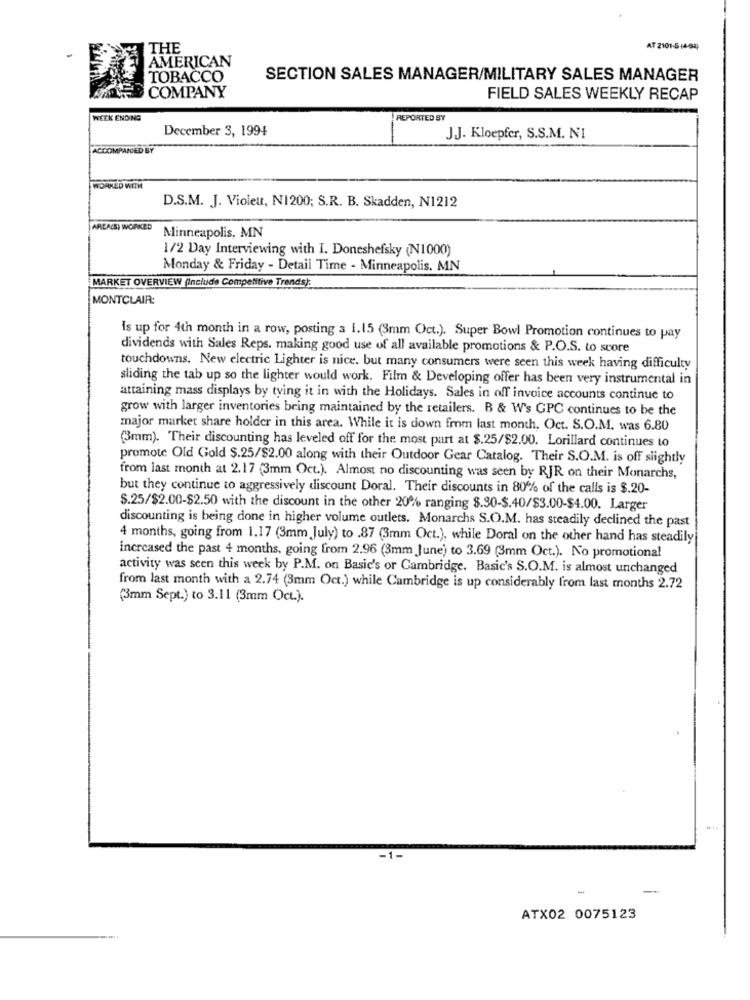
THE
AT 2101-514-94
AMERICAN
TOBACCO
SECTION SALES MANAGER/MILITARY SALES MANAGER
COMPANY
FIELD SALES WEEKLY RECAP
WEEK ENDING
REPORTED BY
December 3, 1994
JJ. Kloepfer, S.S.M. NI
ACCOMPANIED BY
WORKED WITH
D.S.M. J. Violeu, NI200; S.R. B. Skadden, N1212
AREA(S) WORKED
Minneapolis, MN
1/2 Day Interviewing with I. Doneshefsky (N1000)
Monday & Friday - Detail Time - Minneapolis, MN
MARKET OVERVIEW (Include Competitive Trends):
MONTCLAIR:
Is up for 4th month in a row, posting a 1.15 (3mm Oct.). Super Bowl Promotion continues to pay
dividends with Sales Reps. making good use of all available promotions & P.O.S. to score
touchdowns. New electric Lighter is nice. but many consumers were seen this week having difficulty
sliding the tab up so the lighter would work. Film & Developing offer has been very instrumental in
attaining mass displays by tving it in with the Holidays. Sales in off invoice accounts continue to
grow with larger inventories bring maintained by the retailers. B & W's GPC continues to be the
major market share holder in this area. While it is down from last month, Oct. S.O.M. was 6.80
33mm). Their discounting has leveled off for the most part at $.25/$2.00. Lorillard continues to
promote Old Gold $.25/$2.00 along with their Outdoor Gear Catalog. Their S.O.M. is off slightly
from last month at 2.17 (3mm Oct.). Almost no discounting was seen by RJR on their Monarchs,
but they continue to aggressively discount Doral. Their discounts in 80% of the calls is $.20-
$.25/$2.00-$2.50 with the discount in the other 20% ranging $.30-$.40/$3.00-$4.00. Larger
discounting is being done in higher volume outlets. Monarchs S.O.M. has steadily declined the past
4 months, going from 1.17 (3mm July) to .87 (3mm Oct.), while Doral on the other hand has steadily
increased the past 4 months, going from 2.96 (3mm June) to 3.69 (3mm Oct.). No promotional
activity was seen this week by P.M. on Basic's or Cambridge. Basic's S.O.M. is almost unchanged
from last month with a 2.74 (3mm Oct.) while Cambridge is up considerably from last months 2.72
(3mm Sept.) to 3.11 (3mm Oct.).
ATX02 0075123